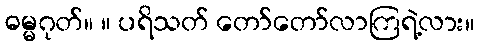
ဓမ္မဂုတ်။ ။ ပရိသတ် တော်တော်လာကြရဲ့လား။